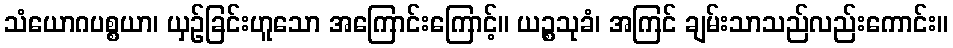
သံယောဂပစ္စယာ၊ ယှဉ်ခြင်းဟူသော အကြောင်းကြောင့်။ ယဉ္စသုခံ၊ အကြင် ချမ်းသာသည်လည်းကောင်း။